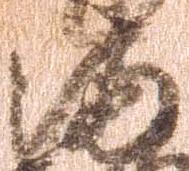
満